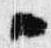
々